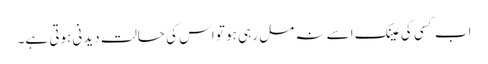
اب کسی کی عینک اسے نہ مل رہی ہو تو اس کی حالت دیدنی ہوتی ہے۔